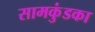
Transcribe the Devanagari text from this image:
सामकुंडका